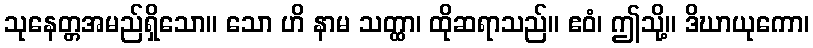
သုနေတ္တအမည်ရှိသော။ သော ဟိ နာမ သတ္ထာ၊ ထိုဆရာသည်။ ဧဝံ၊ ဤသို့။ ဒိဃာယုကော၊